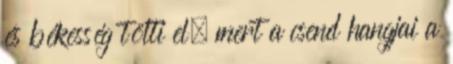
és békesség tölti el, mert a csend hangjai a